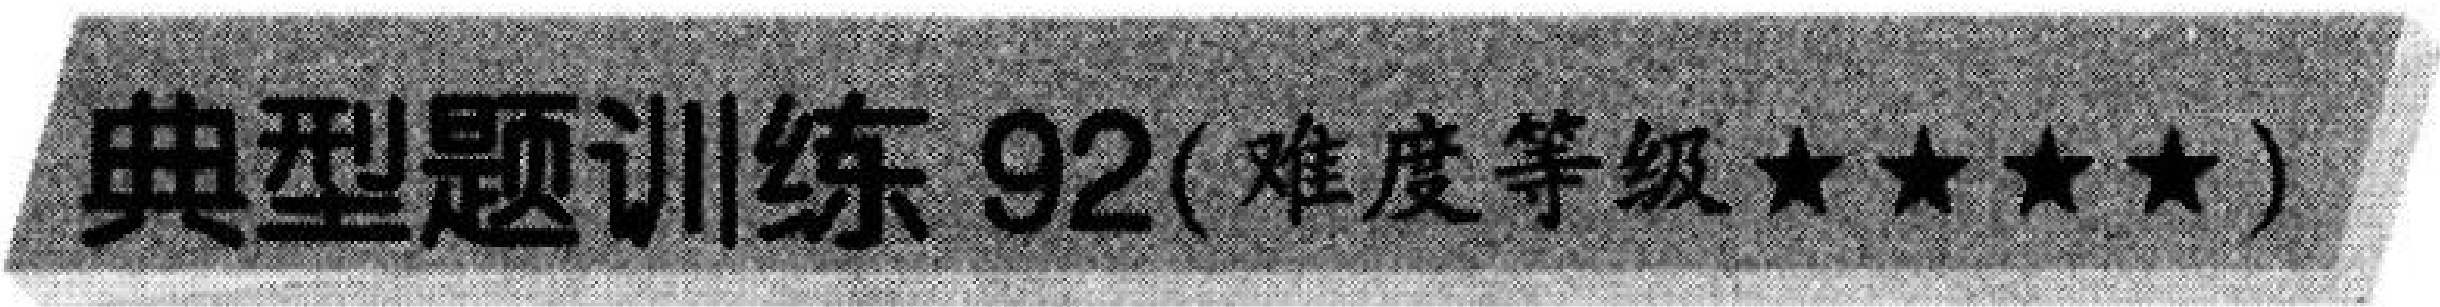
典型题训练92(难度等级★★★★)